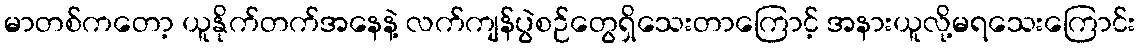
မာတစ်ကတော့ ယူနိုက်တက်အနေနဲ့ လက်ကျန်ပွဲစဉ်တွေရှိသေးတာကြောင့် အနားယူလို့မရသေးကြောင်း